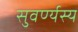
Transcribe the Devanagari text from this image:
सुवर्ण्यस्य